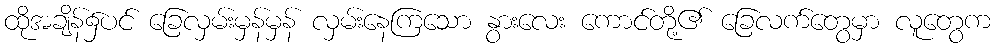
ထိုအချိန်၌ပင် ခြေလှမ်းမှန်မှန် လှမ်းနေကြသော နွားလေး ကောင်တို့၏ ခြေလက်တွေမှာ လူတွေက